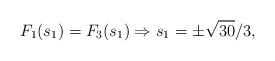
LaTeX: \begin{align*}F_1(s_1)=F_3(s_1)\Rightarrow s_1=\pm\sqrt{30}/3,\end{align*}